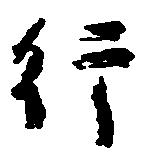
行